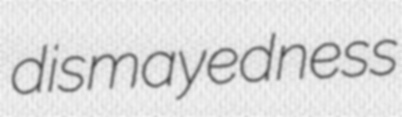
dismayedness